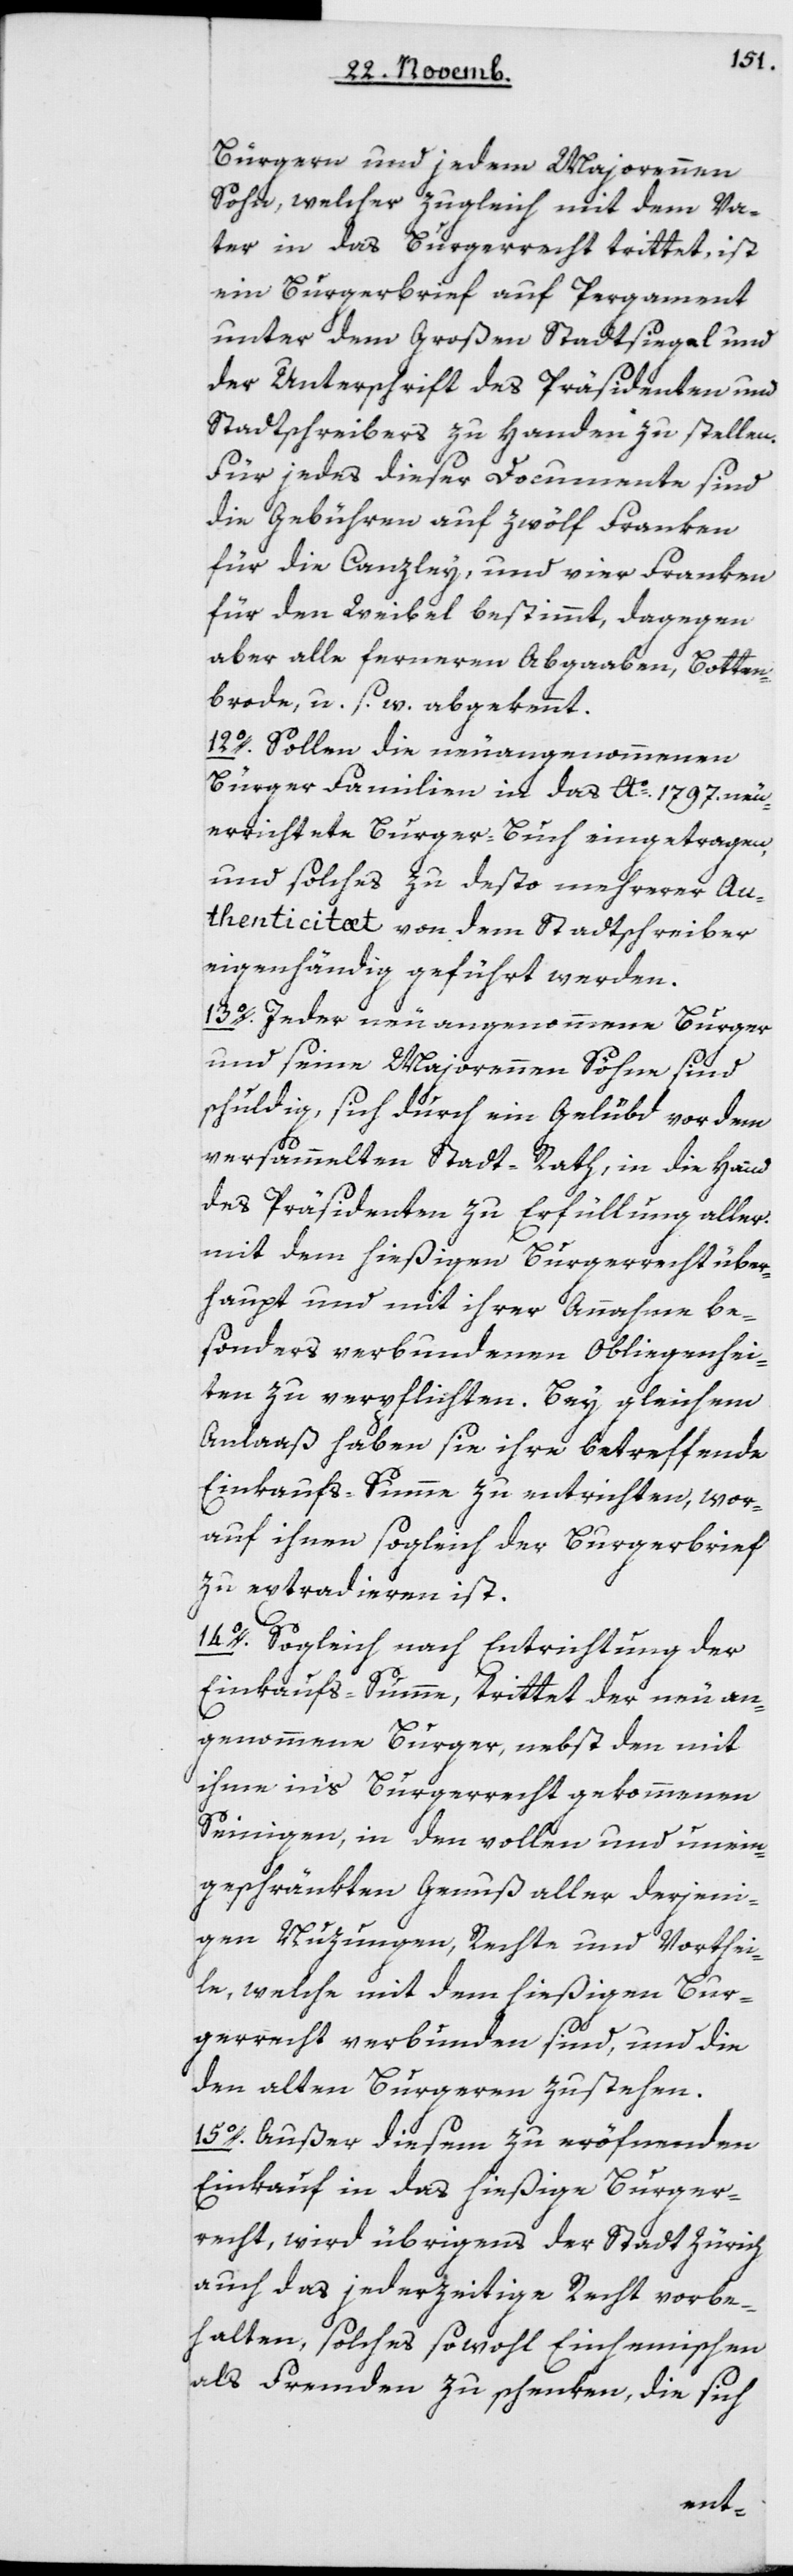
Bürgern und jedem Majorennen
Sohn, welcher zugleich mit dem Va¬
ter in das Burgerrecht trittet, ist
ein Burgerbrief auf Pergament
unter dem Großen Stadtsiegel und
der Unterschrift des Präsidenten und
Stadtschreibers zu Handen zu stellen.
Für jedes dieser Documente sind
die Gebühren auf zwölf Franken
für die Canzley, und vier Franken
für den Weibel bestimmt, dagegen
aber alle ferneren Abgaaben, Boten¬
brode u. s. w. abgekennt.
12. Sollen die neu angenommenen
Bürgerfamilien in das Ao. 1797 neu
errichtete Burgerbuch eingetragen,
und solches zu desto mehrerer Au¬
thenticitaet von dem Stadtschreiber
eigenhändig geführt werden.
13. Jeder neu angenommene Bürger
und seine Majorennen Söhne, sind
schuldig, sich durch ein Gelübd vor dem
versammelten Stadt-Rath, in die Hand
des Präsidenten zu Erfüllung aller
mit dem hießigen Burgerrecht über¬
haupt und mit ihrer Annahme be¬
sonders verbundenen Obliegenhei¬
ten zu verpflichten. Bey gleichem
Anlaaß haben sie ihre betreffende
Einkaufs-Summe zu entrichten, wor¬
auf ihnen sogleich der Burgerbrief
zu extradieren ist.
14. Sogleich nach Entrichtung der
Einkaufs-Summe, trittet der neu an¬
genommene Burger, nebst den mit
ihme in’s Burgerrecht gekommenen
Seinigen, in den vollen und unein¬
geschränkten Genuß aller derjeni¬
gen Nuzungen, Rechte und Vorthei¬
le, welche mit dem hießigen Bur¬
gerrecht verbunden sind, und die
den alten Burgeren zustehen.
15. Außer diesem zu eröffnenden
Einkauf in das hießige Burger¬
recht, wird übrigens der Stadt Zürich
auch das jederzeitige Recht vorbe¬
halten, solches sowohl Einheimischen
als Fremden zu schenken, die sich